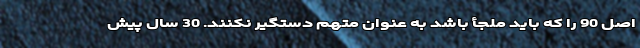
اصل 90 را که باید ملجأ باشد به عنوان متهم دستگیر نکنند. 30 سال پیش